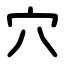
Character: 穴